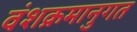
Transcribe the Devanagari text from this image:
वंशक्रमानुगत